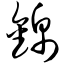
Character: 锦